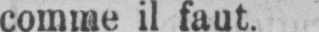
comme il faut.